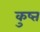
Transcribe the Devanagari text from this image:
कुष्त